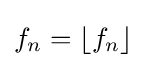
f_{n}=\lfloor f_{n}\rfloor